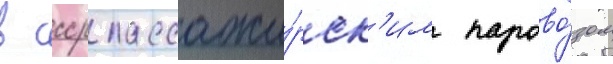
в ссср пассажи́рск'им парово́зом